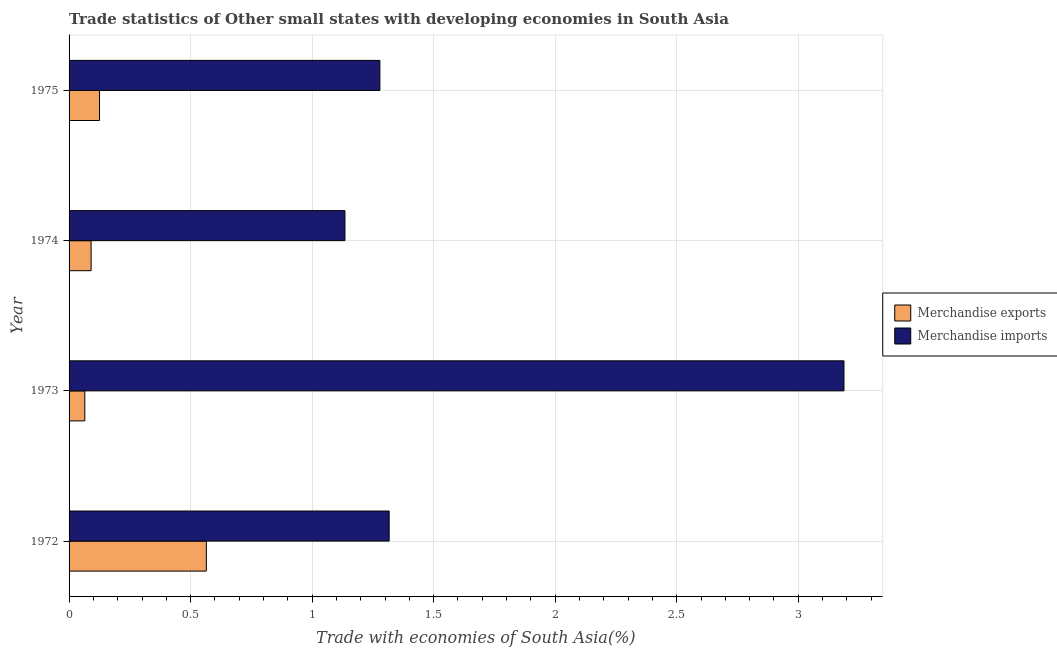
| Year | Merchandise exports | Merchandise imports |
 | --- | --- | --- |
 | 1972 | 0.565 | 1.32 |
 | 1973 | 0.0647 | 3.19 |
 | 1974 | 0.0906 | 1.13 |
 | 1975 | 0.125 | 1.28 |